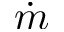
\dot { m }